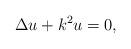
LaTeX: \begin{align*} \Delta u + k^2 u = 0,\end{align*}